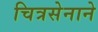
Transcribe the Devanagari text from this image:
चित्रसेनाने